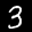
Label: 3